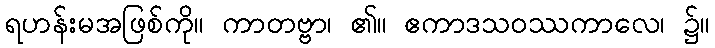
ရဟန်းမအဖြစ်ကို။ ကာတဗ္ဗာ၊ ၏။ ဧကာဒသဝဿကာလေ၊ ၌။